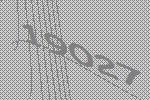
19027